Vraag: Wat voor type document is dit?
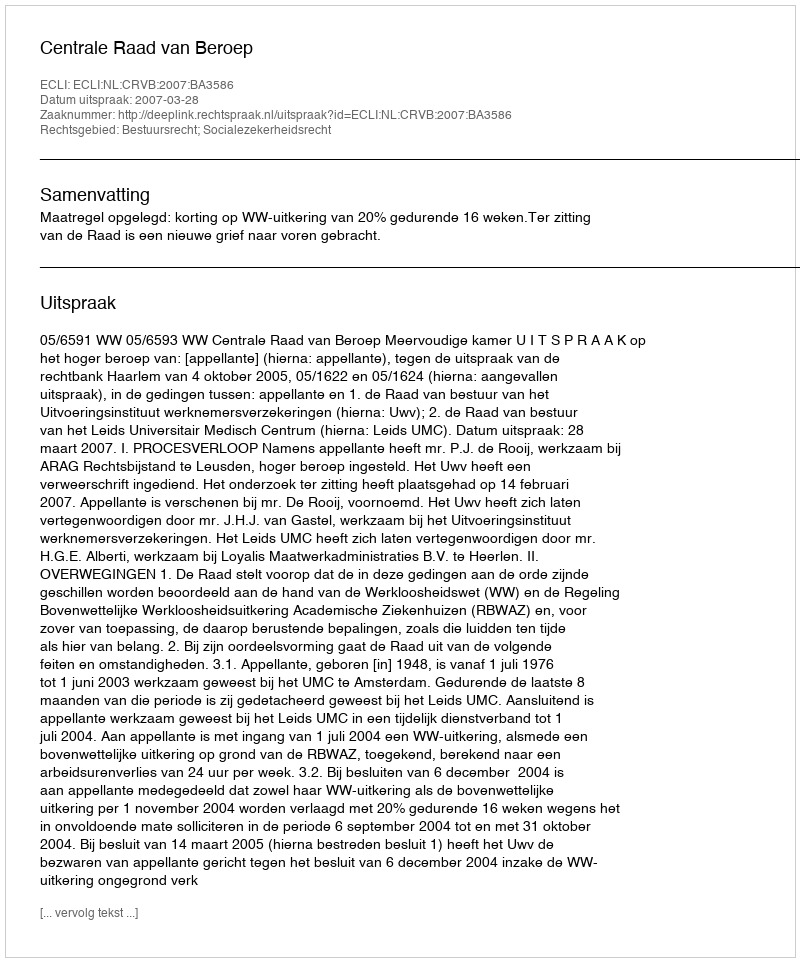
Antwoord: Uitspraak